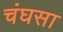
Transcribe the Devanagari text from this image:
चंघसा